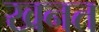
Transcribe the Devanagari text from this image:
खनत